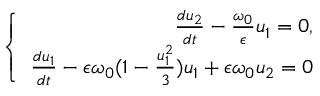
\centering \left\{ \begin{array} { r } { \frac { d u _ { 2 } } { d t } - \frac { \omega _ { 0 } } { \epsilon } u _ { 1 } = 0 , } \\ { \frac { d u _ { 1 } } { d t } - \epsilon \omega _ { 0 } ( 1 - \frac { u _ { 1 } ^ { 2 } } { 3 } ) u _ { 1 } + \epsilon \omega _ { 0 } u _ { 2 } = 0 } \end{array} \right.